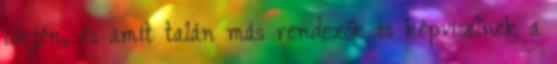
idején, és amit talán más rendezők is képviselnek a